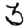
Digit: 3